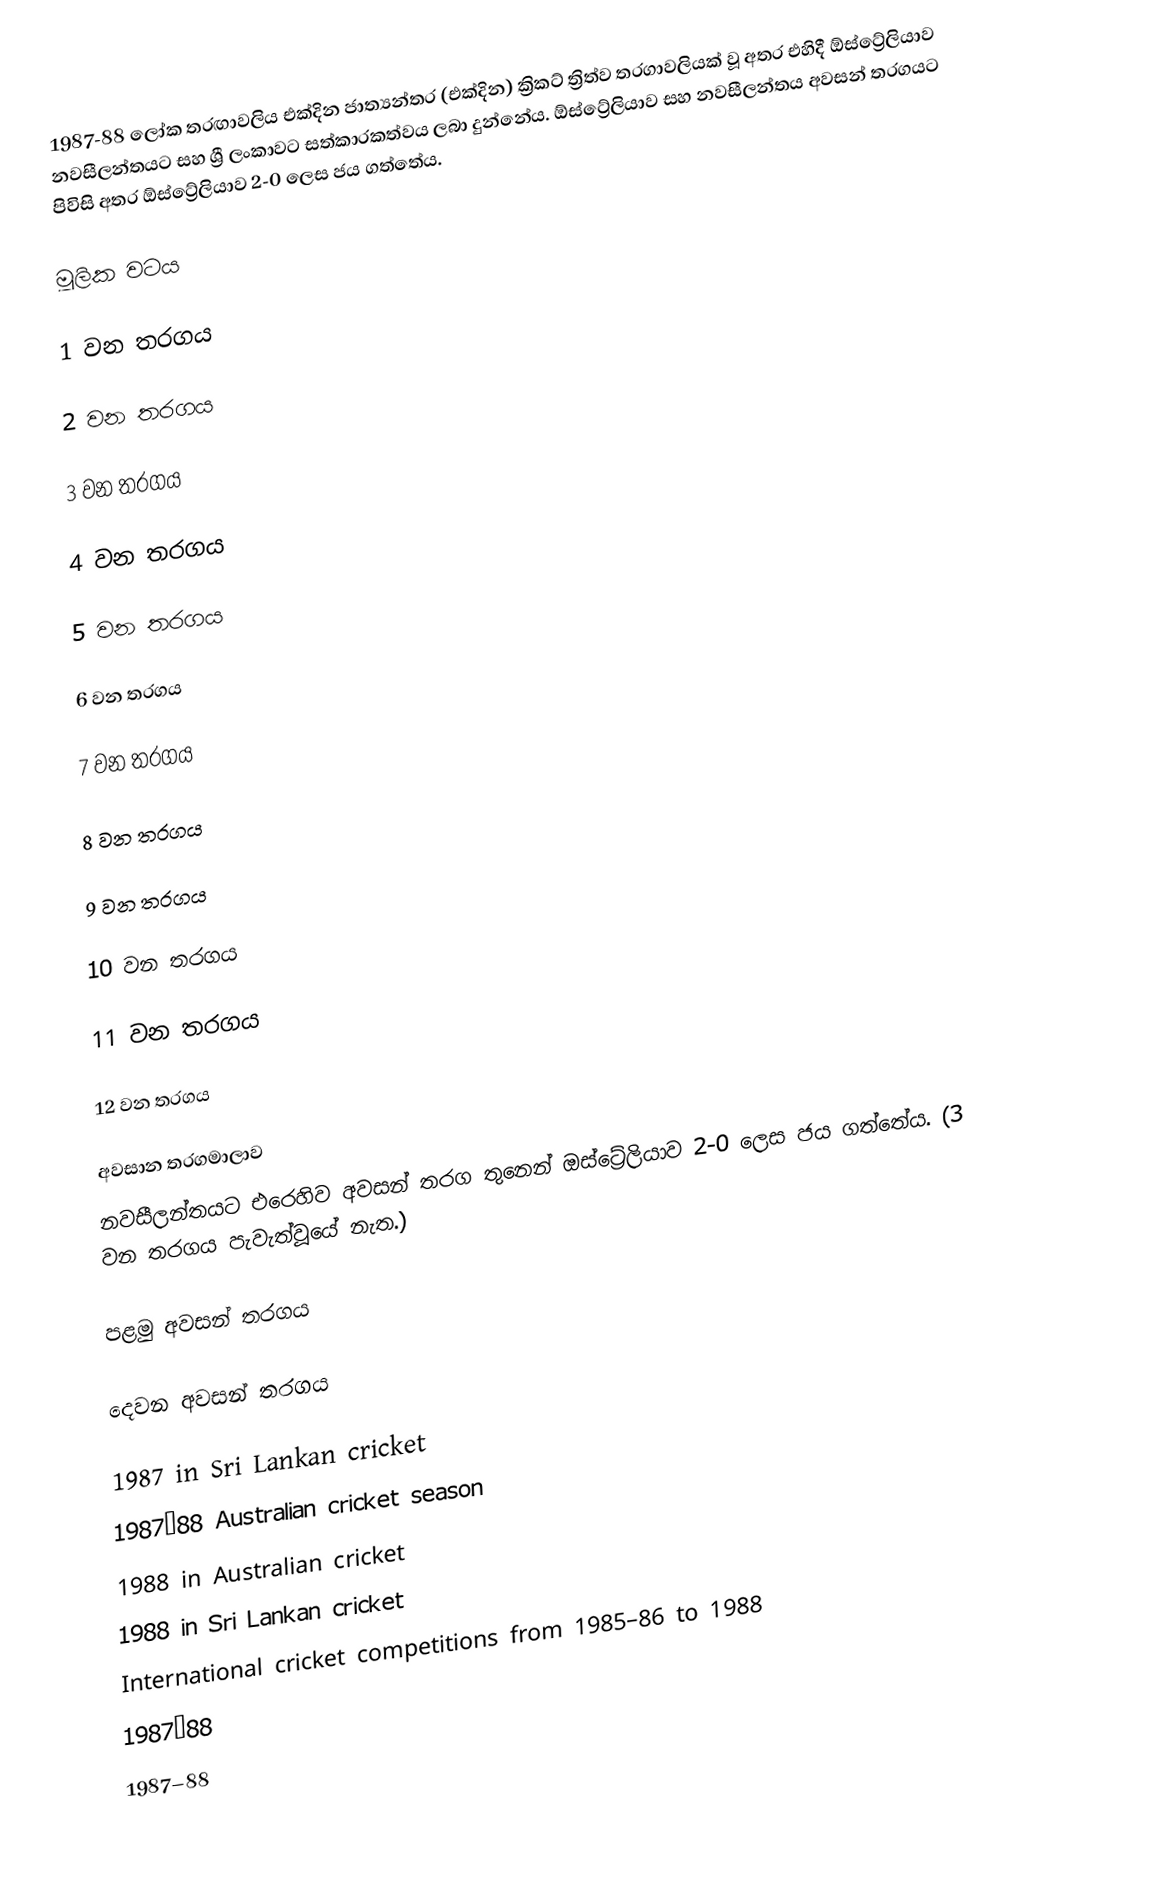
1987-88 ලෝක තරඟාවලිය එක්දින ජාත්‍යන්තර (එක්දින) ක්‍රිකට් ත්‍රිත්ව තරගාවලියක් වූ අතර එහිදී ඕස්ට්‍රේලියාව නවසීලන්තයට සහ ශ්‍රී ලංකාවට සත්කාරකත්වය ලබා දුන්නේය. ඕස්ට්‍රේලියාව සහ නවසීලන්තය අවසන් තරගයට පිවිසි අතර ඕස්ට්‍රේලියාව 2-0 ලෙස ජය ගත්තේය.

මූලික වටය

1 වන තරගය

2 වන තරගය

3 වන තරගය

4 වන තරගය

5 වන තරගය

6 වන තරගය

7 වන තරගය

8 වන තරගය

9 වන තරගය

10 වන තරගය

11 වන තරගය

12 වන තරගය

අවසාන තරගමාලාව
නවසීලන්තයට එරෙහිව අවසන් තරග තුනෙන් ඔස්ට්‍රේලියාව 2-0 ලෙස ජය ගත්තේය. (3 වන තරගය පැවැත්වූයේ නැත.)

පළමු අවසන් තරගය

දෙවන අවසන් තරගය

1987 in Sri Lankan cricket
1987–88 Australian cricket season
1988 in Australian cricket
1988 in Sri Lankan cricket
International cricket competitions from 1985–86 to 1988
1987–88
1987–88